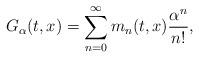
LaTeX: \begin{align*} G_{\alpha}(t, x) = \sum_{n=0}^{\infty} m_n(t, x) \frac{\alpha^n}{n!}, \end{align*}